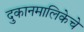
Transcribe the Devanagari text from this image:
दुकानमालिकेचे